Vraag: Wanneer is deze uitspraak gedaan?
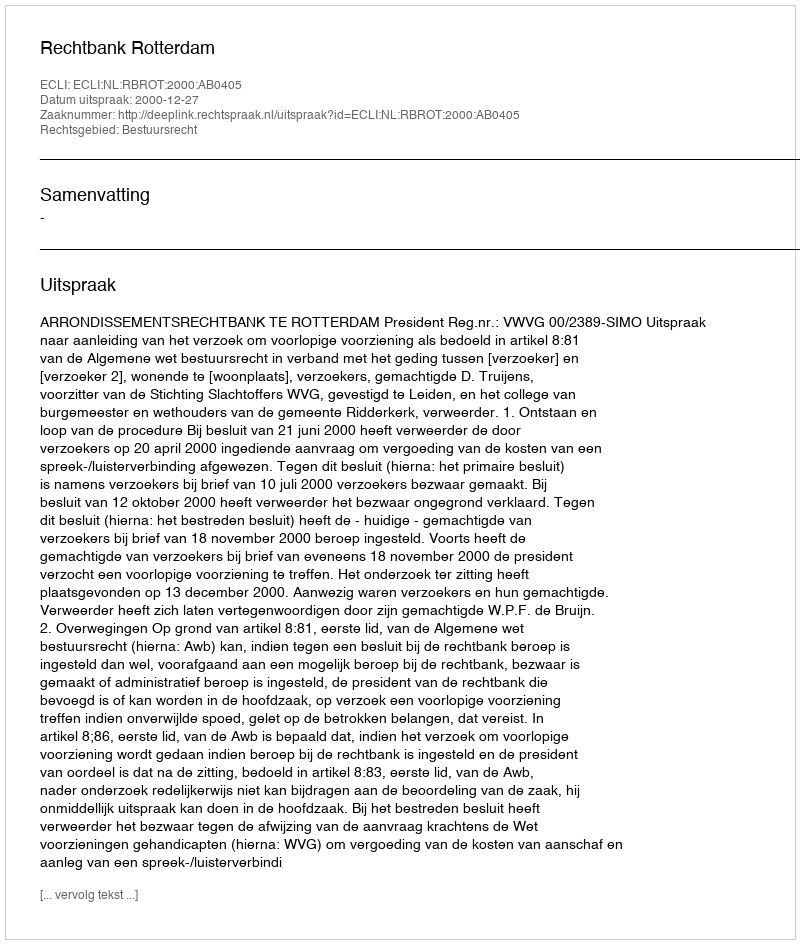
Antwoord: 2000-12-27